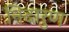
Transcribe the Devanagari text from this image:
निदारुण